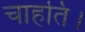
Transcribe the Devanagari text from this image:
चाहति।